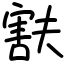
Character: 㝬